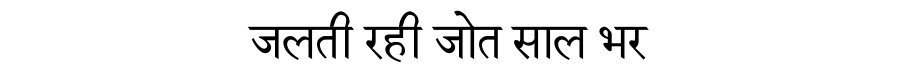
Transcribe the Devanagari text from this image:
जलती रही जोत साल भर